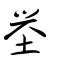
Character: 𡒊